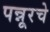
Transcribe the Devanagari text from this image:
पन्नूरचे